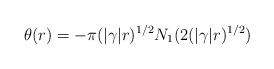
LaTeX: \begin{align*}\theta(r) = -\pi (|\gamma|r)^{1/2} N_{1}(2(|\gamma|r)^{1/2})\end{align*}